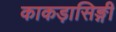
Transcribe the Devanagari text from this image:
काकड़ासिङ्गी